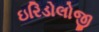
ઇરિડોલોજી